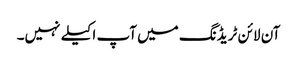
آن لائن ٹریڈنگ میں آپ اکیلے نہیں۔